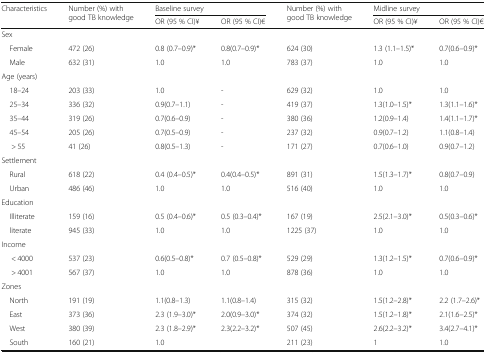
<table><thead><tr><td rowspan="2"><b>Characteristics</b></td><td rowspan="2"><b>Number (%) with good TB knowledge</b></td><td colspan="2"><b>Baseline survey</b></td><td rowspan="2"><b>Number (%) with good TB knowledge</b></td><td colspan="2"><b>Midline survey</b></td></tr><tr><td><b>OR (95 % CI)¥</b></td><td><b>OR (95 % CI)€</b></td><td><b>OR (95 % CI)¥</b></td><td><b>OR (95 % CI)€</b></td></tr></thead><tbody><tr><td colspan="7">Sex</td></tr><tr><td> Female</td><td>472 (26)</td><td>0.8 (0.7–0.9)*</td><td>0.8(0.7–0.9)*</td><td>624 (30)</td><td>1.3 (1.1–1.5)*</td><td>0.7(0.6–0.9)*</td></tr><tr><td> Male</td><td>632 (31)</td><td>1.0</td><td>1.0</td><td>783 (37)</td><td>1.0</td><td>1.0</td></tr><tr><td colspan="7">Age (years)</td></tr><tr><td> 18–24</td><td>203 (33)</td><td>1.0</td><td>-</td><td>629 (32)</td><td>1.0</td><td>1.0</td></tr><tr><td> 25–34</td><td>336 (32)</td><td>0.9(0.7–1.1)</td><td>-</td><td>419 (37)</td><td>1.3(1.0–1.5)*</td><td>1.3(1.1–1.6)*</td></tr><tr><td> 35–44</td><td>319 (26)</td><td>0.7(0.6–0.9)</td><td>-</td><td>380 (36)</td><td>1.2(0.9–1.4)</td><td>1.4(1.1–1.7)*</td></tr><tr><td> 45–54</td><td>205 (26)</td><td>0.7(0.5–0.9)</td><td>-</td><td>237 (32)</td><td>0.9(0.7–1.2)</td><td>1.1(0.8–1.4)</td></tr><tr><td>&gt; 55</td><td>41 (26)</td><td>0.8(0.5–1.3)</td><td>-</td><td>171 (27)</td><td>0.7(0.6–1.0)</td><td>0.9(0.7–1.2)</td></tr><tr><td colspan="7">Settlement</td></tr><tr><td> Rural</td><td>618 (22)</td><td>0.4 (0.4–0.5)*</td><td>0.4(0.4–0.5)*</td><td>891 (31)</td><td>1.5(1.3–1.7)*</td><td>0.8(0.7–0.9)</td></tr><tr><td> Urban</td><td>486 (46)</td><td>1.0</td><td>1.0</td><td>516 (40)</td><td>1.0</td><td>1.0</td></tr><tr><td colspan="7">Education</td></tr><tr><td> Illiterate</td><td>159 (16)</td><td>0.5 (0.4–0.6)*</td><td>0.5 (0.3–0.4)*</td><td>167 (19)</td><td>2.5(2.1–3.0)*</td><td>0.5(0.3–0.6)*</td></tr><tr><td> literate</td><td>945 (33)</td><td>1.0</td><td>1.0</td><td>1225 (37)</td><td>1.0</td><td>1.0</td></tr><tr><td colspan="7">Income</td></tr><tr><td>&lt; 4000</td><td>537 (23)</td><td>0.6(0.5–0.8)*</td><td>0.7 (0.5–0.8)*</td><td>529 (29)</td><td>1.3(1.2–1.5)*</td><td>0.7(0.6–0.9)*</td></tr><tr><td>&gt; 4001</td><td>567 (37)</td><td>1.0</td><td>1.0</td><td>878 (36)</td><td>1.0</td><td>1.0</td></tr><tr><td colspan="7">Zones</td></tr><tr><td> North</td><td>191 (19)</td><td>1.1(0.8–1.3)</td><td>1.1(0.8–1.4)</td><td>315 (32)</td><td>1.5(1.2–2.8)*</td><td>2.2 (1.7–2.6)*</td></tr><tr><td> East</td><td>373 (36)</td><td>2.3 (1.9–3.0)*</td><td>2.0(0.9–3.0)*</td><td>374 (32)</td><td>1.5(1.2–1.8)*</td><td>2.1(1.6–2.5)*</td></tr><tr><td> West</td><td>380 (39)</td><td>2.3 (1.8–2.9)*</td><td>2.3(2.2–3.2)*</td><td>507 (45)</td><td>2.6(2.2–3.2)*</td><td>3.4(2.7–4.1)*</td></tr><tr><td> South</td><td>160 (21)</td><td>1.0</td><td></td><td>211 (23)</td><td>1</td><td>1.0</td></tr></tbody></table>